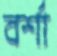
বর্শা